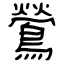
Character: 鶯